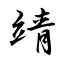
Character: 靖